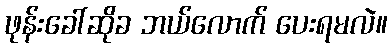
ဖုန်းခေါ်ဆိုခ ဘယ်လောက် ပေးရမလဲ။